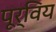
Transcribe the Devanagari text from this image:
पूर्विय